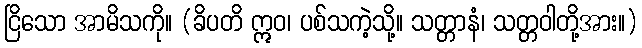
ငြိသော အာမိသကို။ (ခိပတိ ဣဝ၊ ပစ်သကဲ့သို့။ သတ္တာနံ၊ သတ္တဝါတို့အား။)